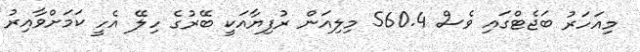
މިއަހަރު ބަޖެޓްގައި ވެސް 560.4 މިލިއަން ރުފިޔާއަކީ ބޭރުގެ ހިލޭ އެހީ ކަމަށްވާއިރު